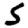
Digit: 5